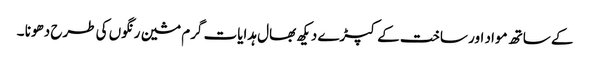
کے ساتھ مواد اور ساخت کے کپڑے دیکھ بھال ہدایات گرم مشین رنگوں کی طرح دھونا ۔